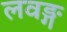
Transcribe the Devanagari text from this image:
लवङ्ग